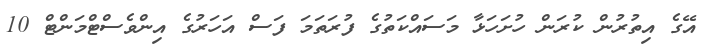
އޭގެ އިތުރުން ކުރަން ހުށަހަޅާ މަސައްކަތުގެ ފުރަތަމަ ފަސް އަހަރުގެ އިންވެސްޓްމަންޓް 10